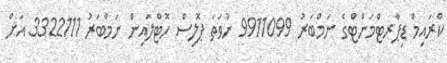
ކްރައިމް ޑިޕާރޓްމަންޓްގެ ނަމްބަރު 9911099 ނުވަތަ ޕޮލިސް ހޮޓްލައިން ނަމްބަރު 3322111 އަށް